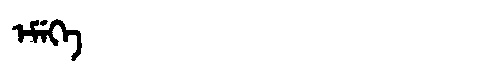
Manchu: ᡝᠮᡝᡴᡝ
Romanization: EMEKE